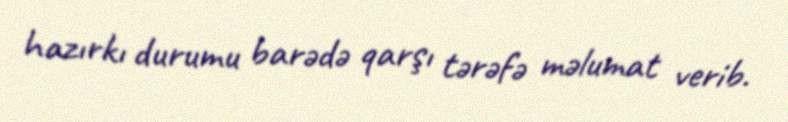
hazırkı durumu barədə qarşı tərəfə məlumat verib.